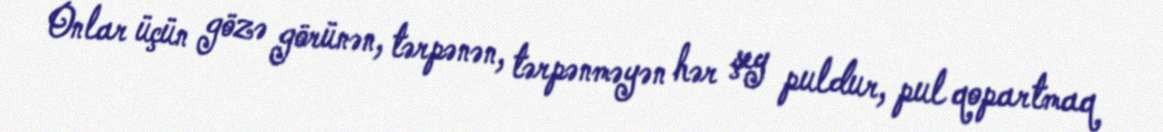
Onlar üçün gözə görünən, tərpənən, tərpənməyən hər şey puldur, pul qopartmaq